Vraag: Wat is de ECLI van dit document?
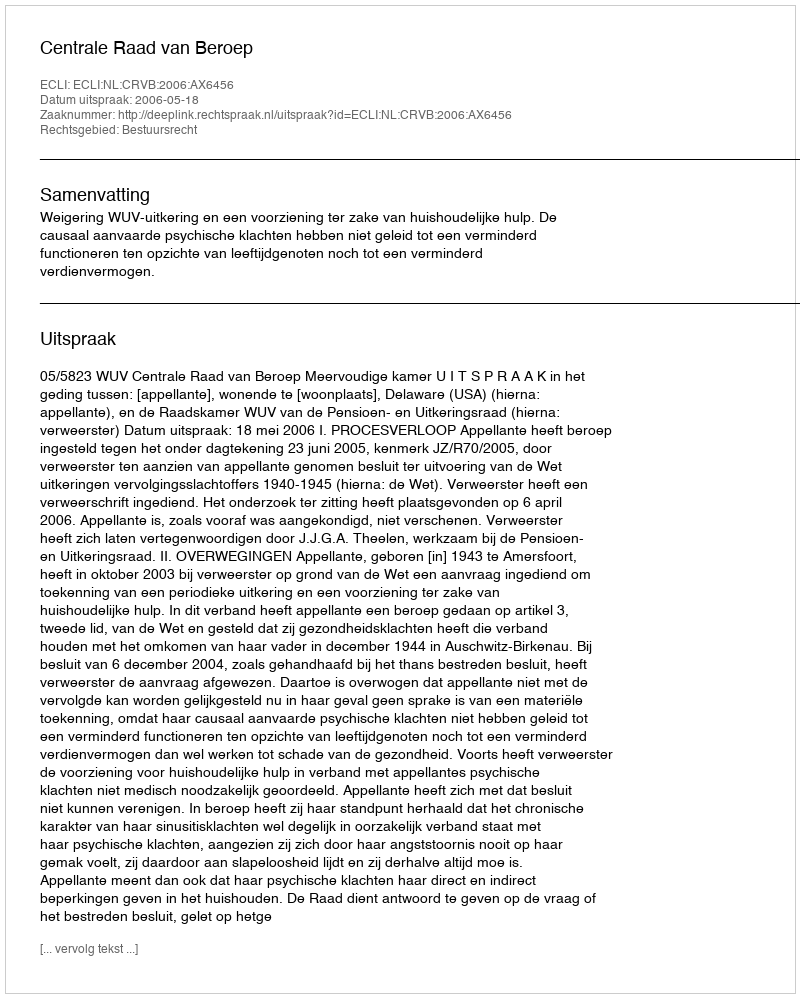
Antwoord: ECLI:NL:CRVB:2006:AX6456